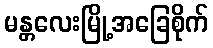
မန္တလေးမြို့အခြေစိုက်